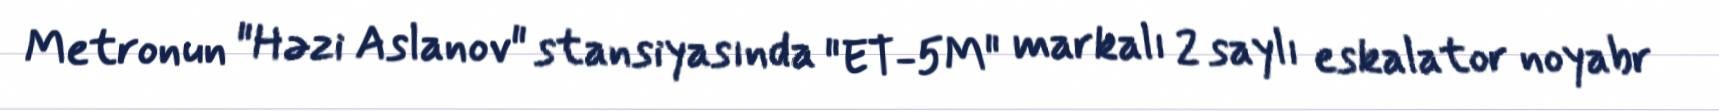
Metronun "Həzi Aslanov" stansiyasında "ET-5M" markalı 2 saylı eskalator noyabr